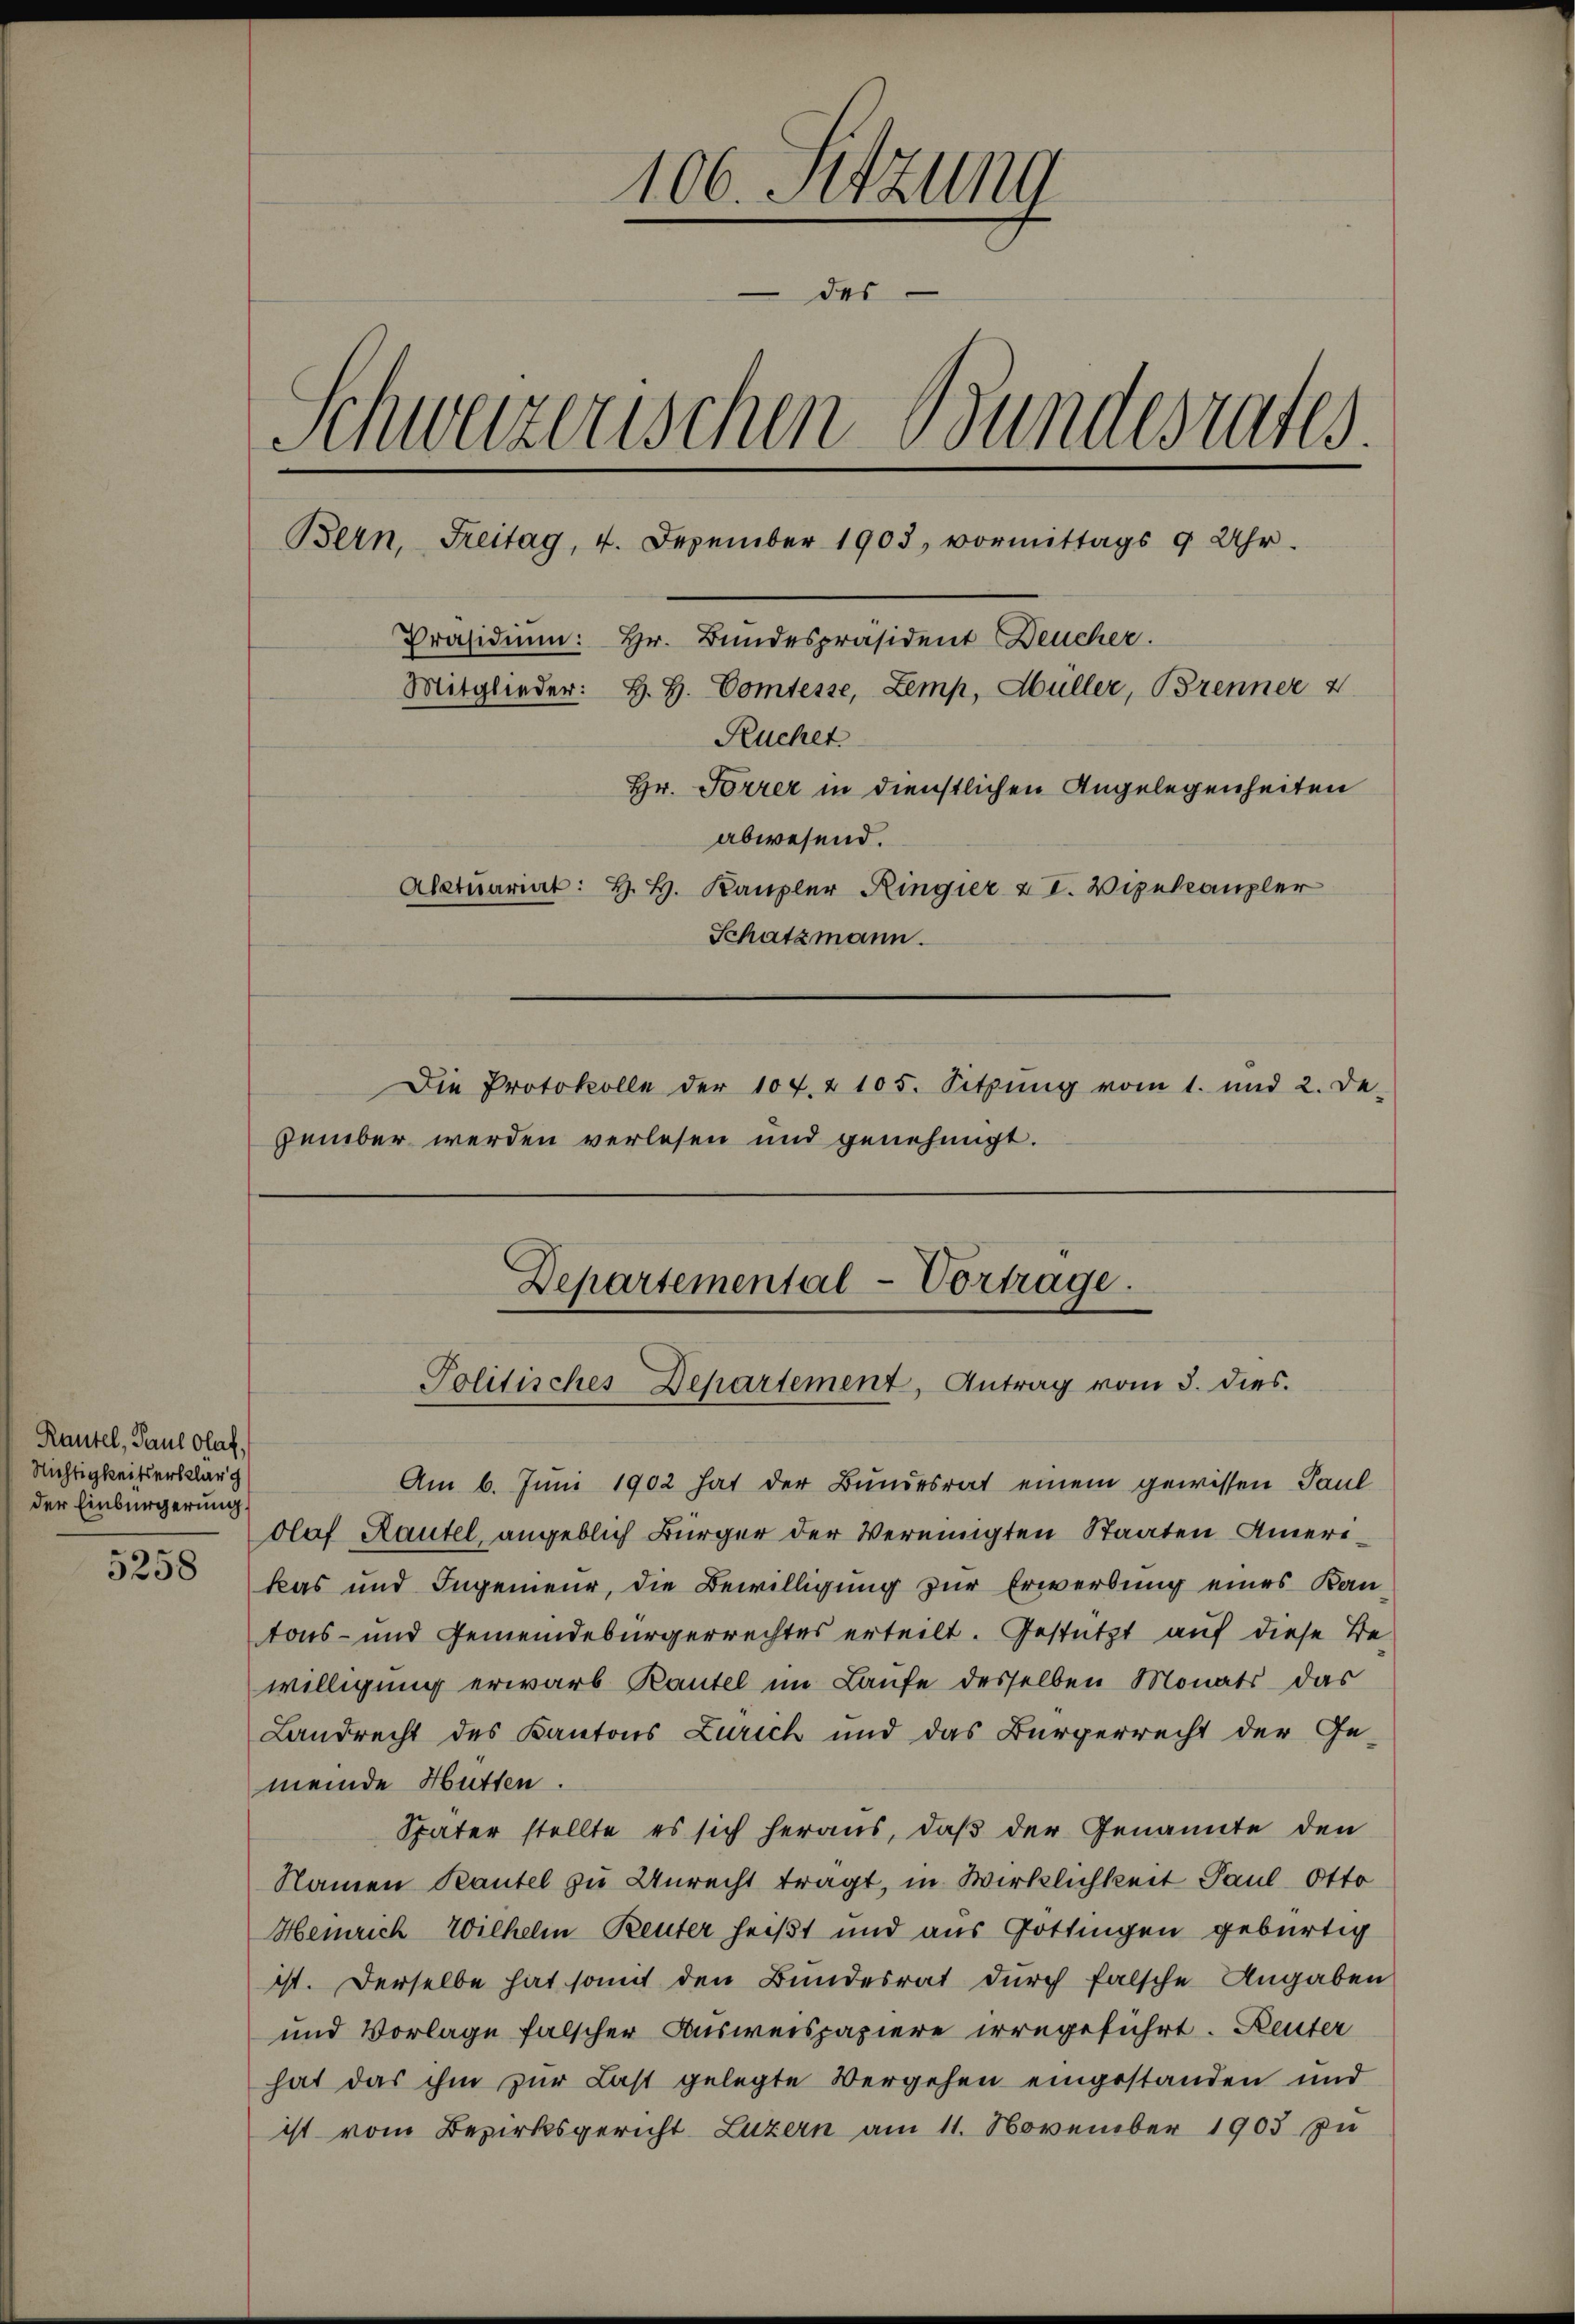
Rautel, Paul Olaf,
Nichtigkeitserklär
der Einbürgerung.

5258

106. Sitzung
des
Schweizerischen Bundesrates.
Bern, Freitag, 4. Dezember 1903, vormittags 9 Uhr.
Präsidium: Hr. Bundespräsident Deucher.
Mitglieder: H. H. Comtesse, Zemp, Hüller, Brenner 2
Ruchet
Hr. Forrer in dienstlichen Angelegenheiten
abwesend.
Alctuariat: H. H. Kanzler Ringier & I. Vizekanzler
Schatzmann.
Die Protokolle der 10 f. 2 105. Sitzŭng vom 1. und 2. De-
zember werden verlesen und genehmigt.

Am 6. Juni 1902 hat der Bundesrat einem gewissen Paul
olof Rautel, angeblich Bürger der Vereinigten Staaten Amerikas und Ingenieur, die Bewilligung zur Erwerbung eines Kantons- und Gemeindebürgerrechtes erteilt. Gestützt auf diese Bewilligung erwarb Rautel im Laufe desselben Monats das
Landrecht des Kantons Zürich und das Bürgerrecht der Ge-
meinde Hütten.
Später stellte es sich heraus, daß der Genannte den
Namen Kautel zu Unrecht tragt, in Wirklichkeit Paul Otto
Heinrich Wilhelm Beuter heißt und aus Gottingen gebürtig
ist. Derselbe hat somit den Bundesrat durch falsche Angaben
und Vorlage falscher Ausweispapiere irregeführt. Reuter
hat das ihm zur Last gelegte Vergehen eingestanden und
ist vom Bezirksgericht Luzern am 11. November 1903 zu

Departemental-Vortrage.
Politisches Departement, Antrag vom 3. dies